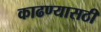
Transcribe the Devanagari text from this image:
काढण्यासठी